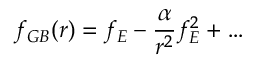
f _ { G B } ( r ) = f _ { E } - \frac { \alpha } { r ^ { 2 } } f _ { E } ^ { 2 } + \dots